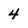
Character: 4